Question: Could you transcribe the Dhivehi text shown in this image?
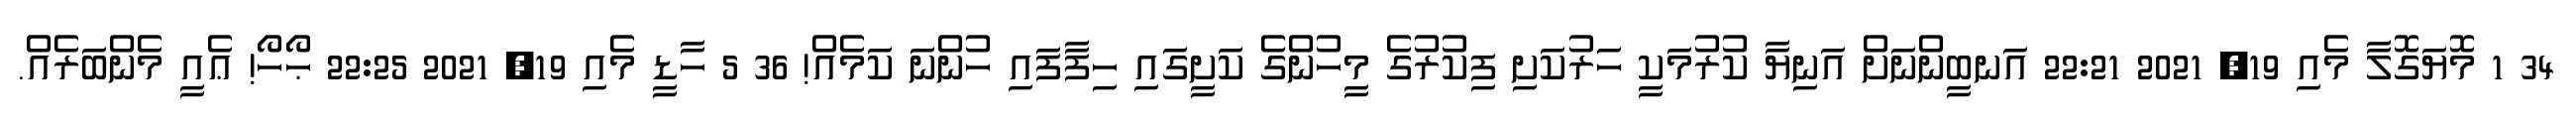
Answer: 34 1 މޮޔަގޮލާ މެއި 19, 2021 22:21 އަނބީންނަށް އަނިޔާ ކުރުމަކީ ހަރުކަށި ފިކުރުގެ މީހުންގެ ކަށީގައި ހިފާފައި ހުންނަ ކަމެއް! 36 5 ހާޑީ މެއި 19, 2021 22:25 ޙޯހޯ! ޢެއީ މެންބަރެއް.